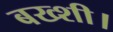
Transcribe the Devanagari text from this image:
बख्शी।